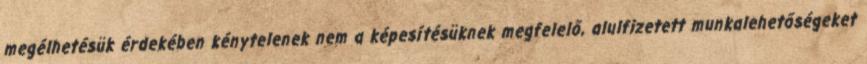
megélhetésük érdekében kénytelenek nem a képesítésüknek megfelelő, alulfizetett munkalehetőségeket